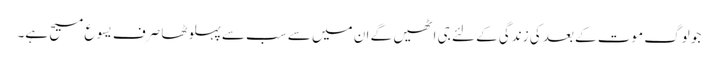
جو لوگ موت کے بعد کی زندگی کے لئے جی اٹھیں گے ان میں سے سب سےپہلوٹھا صرف یسوع مسیح ہے۔